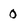
Character: 0